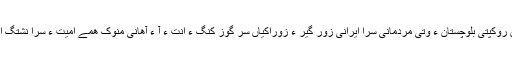
بد بھتی ءَ چہ، لھتیں بلوچ ماں روکپتی بلوچستان ءَ وتی مردمانی سرا ایرانی زور گیر ءِ زوراکیاں سَر گوز کنگ ءَ اَنت ءُ آ ءُ آھانی منّوک ھمے اُمیت ءِ سرا نِشتگ اَنت کہ ایران مارا کمک کنت۔